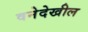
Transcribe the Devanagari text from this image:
वनेदेखील